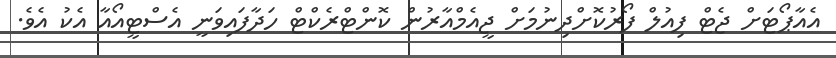
އެއާޕޯޓަށް ޖެޓް ފިއުލް ފޯރުކޮށްދިނުމަށް ޖީއެމްއާރުން ކޮންޓްރެކްޓް ހަދާފައިވަނީ އެސްޓީއޯއާ އެކު އެވެ.